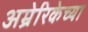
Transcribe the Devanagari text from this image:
अम्रेरिकेच्या